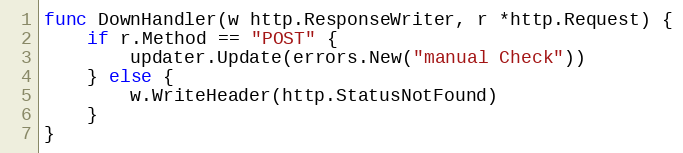
Language: Go
func DownHandler(w http.ResponseWriter, r *http.Request) {
	if r.Method == "POST" {
		updater.Update(errors.New("manual Check"))
	} else {
		w.WriteHeader(http.StatusNotFound)
	}
}